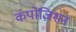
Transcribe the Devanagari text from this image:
कंपोज़िशन